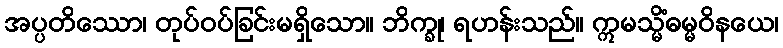
အပ္ပတိဿော၊ တုပ်ဝပ်ခြင်းမရှိသော။ ဘိက္ခု၊ ရဟန်းသည်။ ဣမသ္မိံဓမ္မဝိနယေ၊